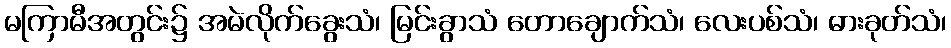
မကြာမီအတွင်း၌ အမဲလိုက်ခွေးသံ၊ မြင်းခွာသံ တောချောက်သံ၊ လေးပစ်သံ၊ ဓားခုတ်သံ၊